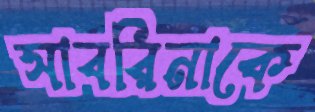
সাবরিনাকে